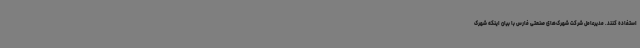
استفاده کنند. مدیرعامل شرکت شهرک‌های صنعتی فارس با بیان اینکه شهرک